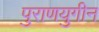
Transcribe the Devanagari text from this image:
पुराणयुगीन